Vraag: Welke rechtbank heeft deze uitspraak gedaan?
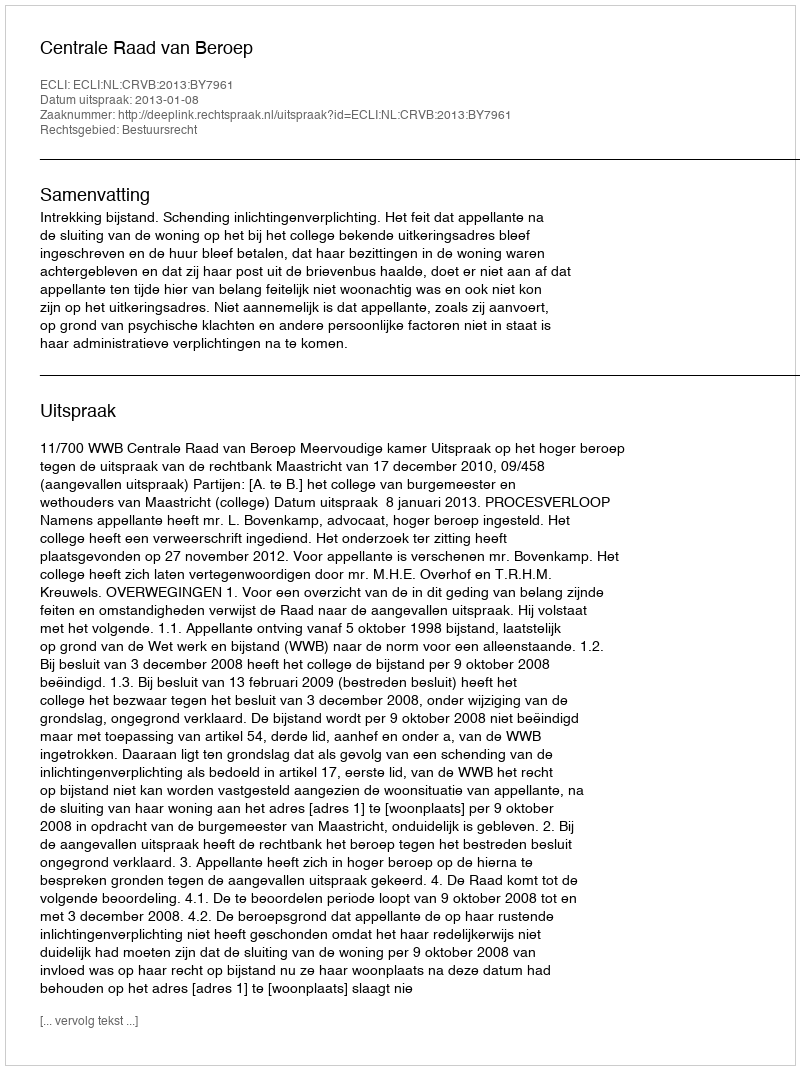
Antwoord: Centrale Raad van Beroep